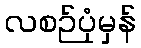
လစဉ်ပုံမှန်